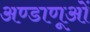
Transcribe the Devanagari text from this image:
अण्डाणूओं